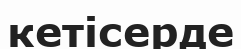
кетісерде